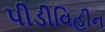
પીડીવિહીન